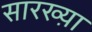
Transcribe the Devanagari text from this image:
सारख्य़ा